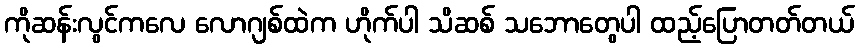
ကိုဆန်းလွင်ကလေ လောဂျစ်ထဲက ဟိုက်ပါ သိဆစ် သဘောတွေပါ ထည့်ပြောတတ်တယ်